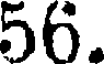
56.